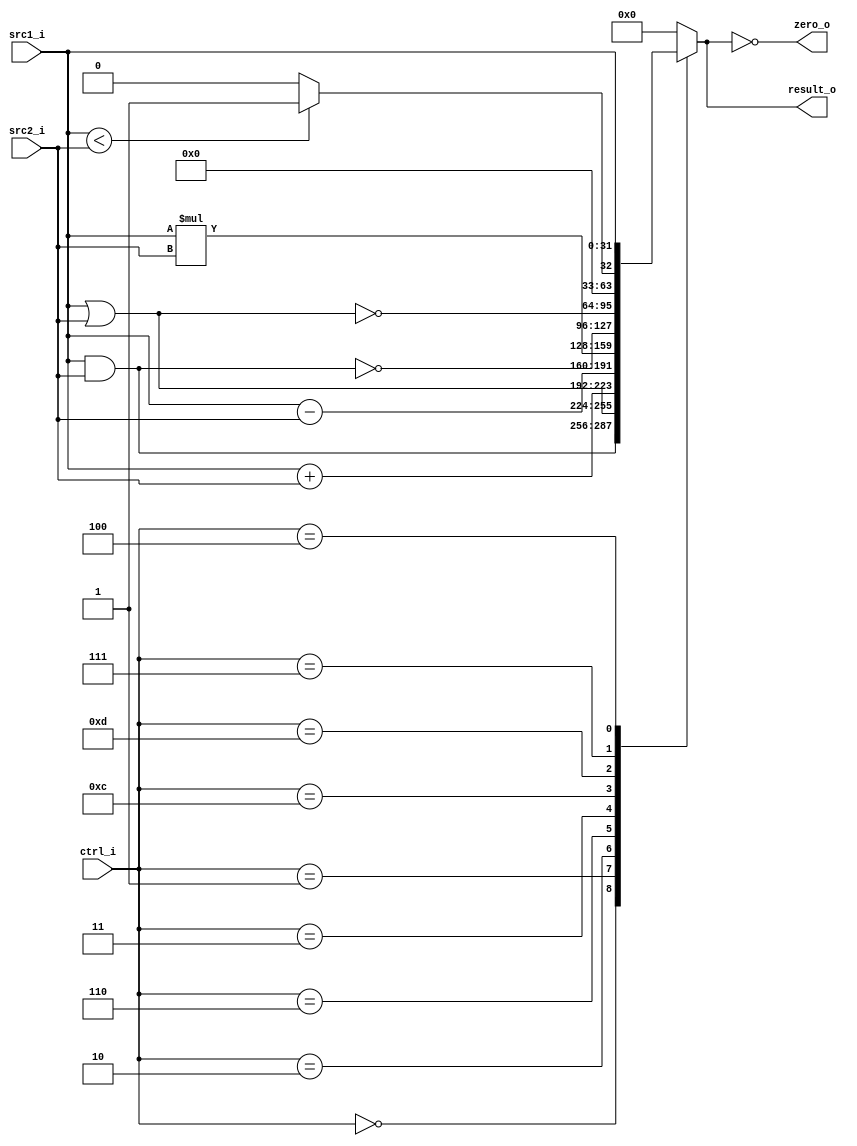
//Subject:     CO project 3 - ALU
//--------------------------------------------------------------------------------
//Version:     2
//--------------------------------------------------------------------------------
//Writer:      0116055 Huang Szuyi
//----------------------------------------------
//----------------------------------------------
//Description: 32-bit alu with AND, OR, ADD, SUB, NOR, NAND, SLT , LI and zero
//             detect
//--------------------------------------------------------------------------------

module ALU(
  src1_i,
	src2_i,
	ctrl_i,
	result_o,
	zero_o
	);

//I/O ports
input   [32-1:0] src1_i;
input   [32-1:0] src2_i;
input    [4-1:0] ctrl_i;

output  [32-1:0] result_o;
output           zero_o;

//Internal signals
reg     [32-1:0] result_o;
wire             zero_o;

//Parameter
parameter  ALU_AND  = 4'b0000;
parameter  ALU_OR   = 4'b0001;
parameter  ALU_ADD  = 4'b0010;
parameter  ALU_SUB  = 4'b0110;
parameter  ALU_MUL  = 4'b0011;
parameter  ALU_NOR  = 4'b1100;
parameter  ALU_NAND = 4'b1101;
parameter  ALU_SLT  = 4'b0111;
parameter  ALU_LI   = 4'b0100;

//Main function
assign zero_o = (result_o == 0); //if result_o == 0

always @(ctrl_i, src1_i, src2_i) begin
  case (ctrl_i)
    ALU_AND : result_o = src1_i & src2_i;
    ALU_OR  : result_o = src1_i | src2_i;
    ALU_ADD : result_o = src1_i + src2_i;
    ALU_SUB : result_o = src1_i - src2_i;
    ALU_MUL : result_o = src1_i * src2_i;
    ALU_NOR : result_o = ~(src1_i & src2_i);
    ALU_NAND: result_o = ~(src1_i | src2_i);
    ALU_SLT : result_o = (src1_i < src2_i) ? 1 : 0;
    ALU_LI  : result_o = src1_i;
    default : result_o = 0;
  endcase
end

endmodule